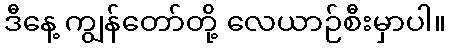
ဒီနေ့ ကျွန်တော်တို့ လေယာဉ်စီးမှာပါ။